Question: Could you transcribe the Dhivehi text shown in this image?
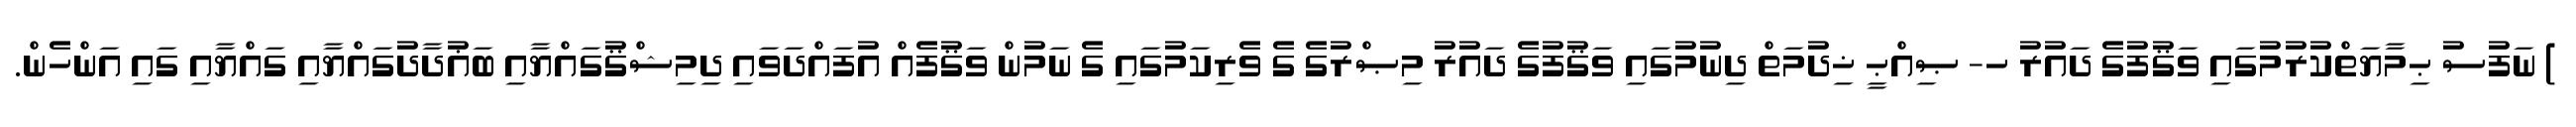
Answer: ) ނަފުސު ޙިމާޔަތްކުރުމުގައި ވަޤުފުގެ ދައުރު ހ- ޞިއްޙީ ޚިދުމަތް ދިނުމުގައި ވަޤުފުގެ ދައުރު މިޞްރުގެ ގެ ވެރިކަމުގައި ގެ ނަމުން ވަޤުފެއް އުފައްދަވައި ދިމިޝްޤުގައްޔާއި ބަޣުދާދުގައްޔާއި ގައްޔާއި ގައި އަންހެން.